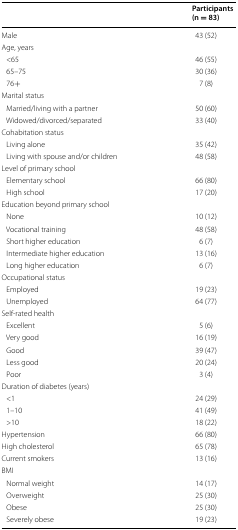
<table><thead><tr><td></td><td><b>Participants(n = 83)</b></td></tr></thead><tbody><tr><td>Male</td><td>43 (52)</td></tr><tr><td colspan="2">Age, years</td></tr><tr><td> &lt;65</td><td>46 (55)</td></tr><tr><td> 65–75</td><td>30 (36)</td></tr><tr><td> 76+</td><td>7 (8)</td></tr><tr><td colspan="2">Marital status</td></tr><tr><td> Married/living with a partner</td><td>50 (60)</td></tr><tr><td> Widowed/divorced/separated</td><td>33 (40)</td></tr><tr><td colspan="2">Cohabitation status</td></tr><tr><td> Living alone</td><td>35 (42)</td></tr><tr><td> Living with spouse and/or children</td><td>48 (58)</td></tr><tr><td colspan="2">Level of primary school</td></tr><tr><td> Elementary school</td><td>66 (80)</td></tr><tr><td> High school</td><td>17 (20)</td></tr><tr><td colspan="2">Education beyond primary school</td></tr><tr><td> None</td><td>10 (12)</td></tr><tr><td> Vocational training</td><td>48 (58)</td></tr><tr><td> Short higher education</td><td>6 (7)</td></tr><tr><td> Intermediate higher education</td><td>13 (16)</td></tr><tr><td> Long higher education</td><td>6 (7)</td></tr><tr><td colspan="2">Occupational status</td></tr><tr><td> Employed</td><td>19 (23)</td></tr><tr><td> Unemployed</td><td>64 (77)</td></tr><tr><td colspan="2">Self-rated health</td></tr><tr><td> Excellent</td><td>5 (6)</td></tr><tr><td> Very good</td><td>16 (19)</td></tr><tr><td> Good</td><td>39 (47)</td></tr><tr><td> Less good</td><td>20 (24)</td></tr><tr><td> Poor</td><td>3 (4)</td></tr><tr><td colspan="2">Duration of diabetes (years)</td></tr><tr><td> &lt;1</td><td>24 (29)</td></tr><tr><td> 1–10</td><td>41 (49)</td></tr><tr><td> &gt;10 </td><td>18 (22)</td></tr><tr><td>Hypertension</td><td>66 (80)</td></tr><tr><td>High cholesterol</td><td>65 (78)</td></tr><tr><td>Current smokers</td><td>13 (16)</td></tr><tr><td colspan="2">BMI</td></tr><tr><td> Normal weight</td><td>14 (17)</td></tr><tr><td> Overweight</td><td>25 (30)</td></tr><tr><td> Obese</td><td>25 (30)</td></tr><tr><td> Severely obese</td><td>19 (23)</td></tr></tbody></table>